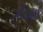
ઝીલાઈ